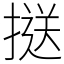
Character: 𢱤